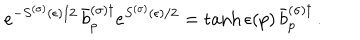
e ^ { - S ^ { ( \sigma ) } ( \epsilon ) / 2 } \, \bar { b } _ { p } ^ { ( \sigma ) \dagger } e ^ { S ^ { ( \sigma ) } ( \epsilon ) / 2 } = \tanh \epsilon ( p ) \, \bar { b } _ { p } ^ { ( \sigma ) \dagger } \, .